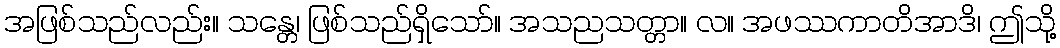
အဖြစ်သည်လည်း။ သန္တေ၊ ဖြစ်သည်ရှိသော်။ အသညသတ္တာ။ လ။ အဖဿကာတိအာဒိ၊ ဤသို့